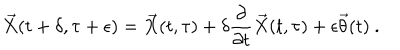
{ \vec { X } } ( t + \delta , \tau + \epsilon ) = { \vec { X } } ( t , \tau ) + \delta \frac { \partial } { \partial t } { \vec { X } } ( t , \tau ) + \epsilon { \vec { \theta } } ( t ) \ .